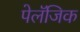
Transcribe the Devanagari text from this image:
पेलॅजिक